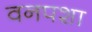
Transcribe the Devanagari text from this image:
वनपशा